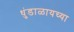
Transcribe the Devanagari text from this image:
धुंडाळायच्या